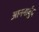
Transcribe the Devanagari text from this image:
आननार्बुद